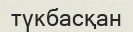
түкбасқан